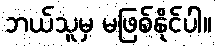
ဘယ်သူမှ မဖြစ်နိုင်ပါ။